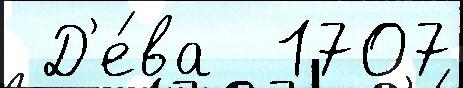
 Д'е́ва  1707